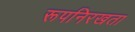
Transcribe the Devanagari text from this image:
रूपनिरखता